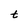
Character: t